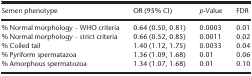
<table><thead><tr><td><b>Semen phenotype</b></td><td><b>OR (95% CI)</b></td><td><b><i>p</i>‐Value</b></td><td><b>FDR</b></td></tr></thead><tbody><tr><td>% Normal morphology – WHO criteria</td><td>0.64 (0.50, 0.81)</td><td>0.0003</td><td>0.01</td></tr><tr><td>% Normal morphology – strict criteria</td><td>0.66 (0.52, 0.85)</td><td>0.0011</td><td>0.02</td></tr><tr><td>% Coiled tail</td><td>1.40 (1.12, 1.75)</td><td>0.0033</td><td>0.04</td></tr><tr><td>% Pyriform spermatazoa</td><td>1.36 (1.09, 1.68)</td><td>0.01</td><td>0.06</td></tr><tr><td>% Amorphous spermatozoa</td><td>1.34 (1.07, 1.68)</td><td>0.01</td><td>0.10</td></tr></tbody></table>